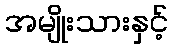
အမျိုးသားနှင့်